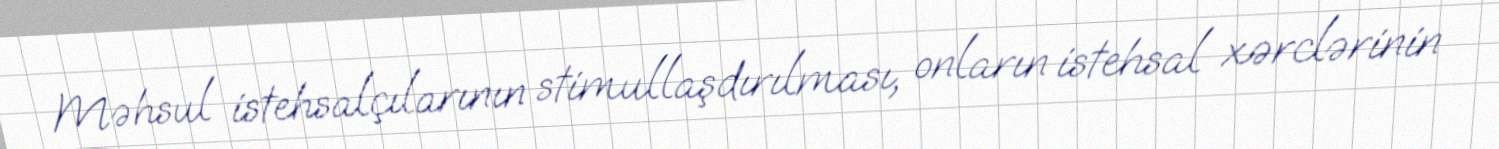
Məhsul istehsalçılarının stimullaşdırılması, onların istehsal xərclərinin